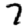
Digit: 7